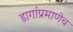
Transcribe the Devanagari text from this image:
डागांप्रमाणेच